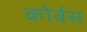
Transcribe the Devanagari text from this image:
कोर्वस